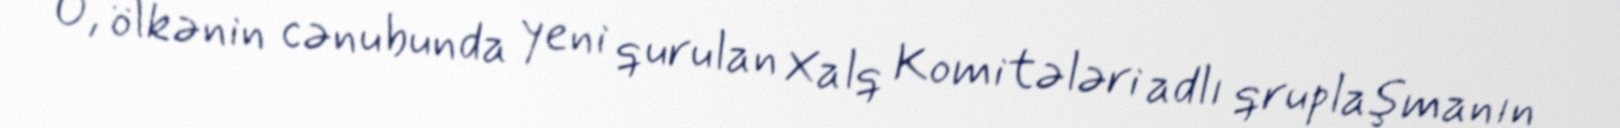
O, ölkənin cənubunda yeni qurulan Xalq Komitələri adlı qruplaşmanın